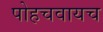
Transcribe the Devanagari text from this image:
पोहचवायच